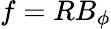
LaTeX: f=RB_{\phi}